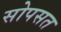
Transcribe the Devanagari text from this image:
सोपसत